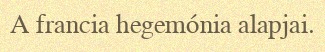
A francia hegemónia alapjai.